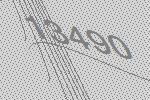
13490